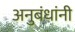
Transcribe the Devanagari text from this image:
अनुबंधांनी